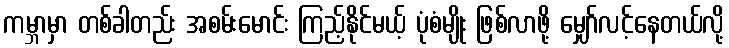
ကမ္ဘာမှာ တစ်ခါတည်း အစမ်းမောင်း ကြည့်နိုင်မယ့် ပုံစံမျိုး ဖြစ်လာဖို့ မျှော်လင့်နေတယ်လို့